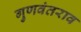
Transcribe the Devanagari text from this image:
गुणवंतराव